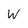
Character: W